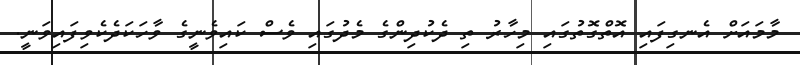
މާމައަށް އެނގިފައި އޮތްގޮތުގައި މިހާރު ތި ދެކުދިންގެ މެދުގައި ވެސް ކައިވެނީގެ ވާހަކަދެކެވިފައިވަނީ.